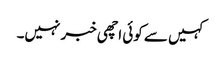
کہیں سے کوئی اچھی خبر نہیں۔